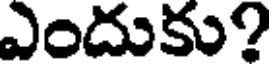
ఎందుకు?